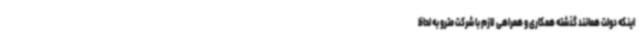
اینکه دولت همانند گذشته همکاری و همراهی لازم با شرکت مترو به لحاظ